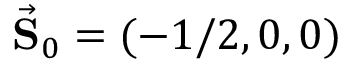
\vec { \mathbf { S } } _ { 0 } = ( - 1 / 2 , 0 , 0 )